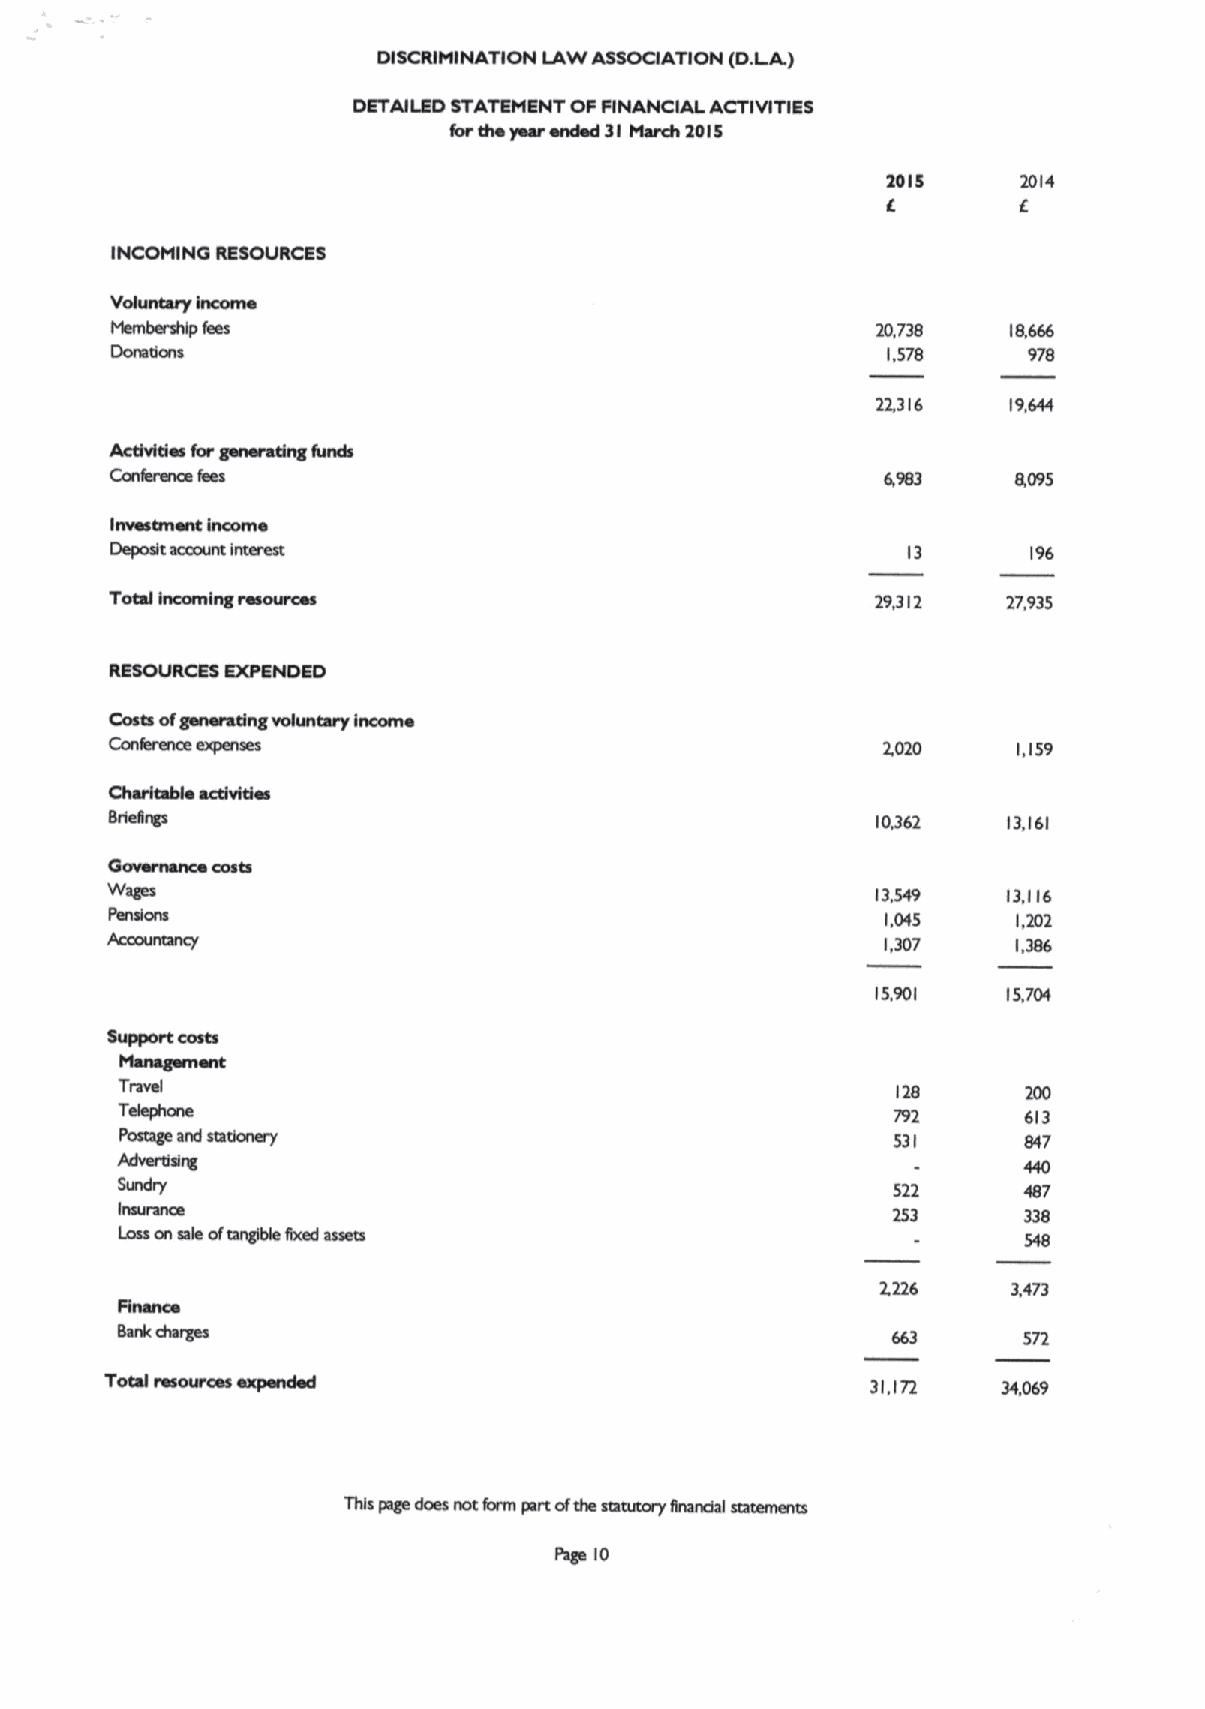
DISCRIMINATION lAW ASSOCIATION (D.LA)
 DETAILED STATEMENT OFFINANCIAI. ACTIVITIES
 lor dm year ended 31 March 1015
 1015     2014
 6       6
 INCOMINO RESOURCES
 Vohevtary Income
 Mambtrshlp fess                                    20,738   18,666
 Doreaons                                            1.578    978
 22,316   19,644
 Investment Income
 Depodt account lntemst                               13      196
 Total Incoming resotecm                            29,312   27,935
 RESOURCES EXPENDED
 Costa ofgenerating vokeuery Irlcorvle
 Conference expanses                                         1,159
 10,362   13.161
 IS vernence costs
 Wages                                              13,549   13,116
 Fandom                                              1,045   1,202
 1,307    1,386
 15,901
 Support costs
 Management
 Travel                                             128      200
 Takphona                                           792      613
 Pouags and usdonary                                531      847
 radverdslrg                                                 440
 Sundry                                             522      487
 Imuruxe
 253      338
 losson asia ofcanglble lixed assets                         548
 3,473
 31,172
 This page does not form part ofdra statutory Snandal statemsrm
 Psga 10